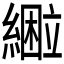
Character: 𰫴